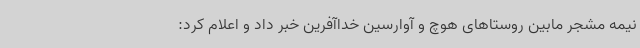
نیمه مشجر مابین روستاهای هوچ و آوارسین خداآفرین خبر داد و اعلام کرد: